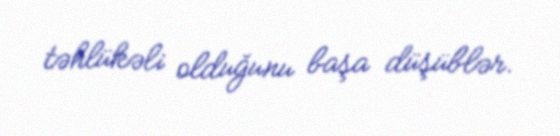
təhlükəli olduğunu başa düşüblər.